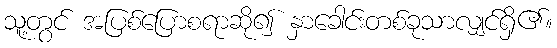
သူ့တွင် အပြစ်ပြောစရာဆို၍ နှာခေါင်းတစ်ခုသာလျှင်ရှိ၏။